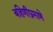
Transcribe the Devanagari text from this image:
बहिणीप्रमाणे